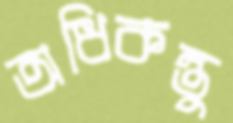
অধিকন্তু